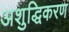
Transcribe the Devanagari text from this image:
अशुद्धिकरण